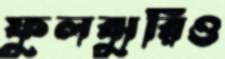
ফুলঝুরিও